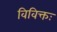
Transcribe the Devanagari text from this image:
विविक्तः